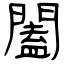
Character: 闔